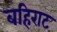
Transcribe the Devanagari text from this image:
बहिराट